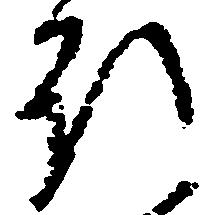
行